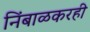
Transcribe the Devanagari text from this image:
निंबाळकरही